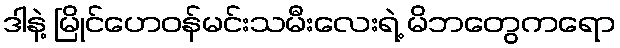
ဒါနဲ့ မြိုင်ဟေဝန်မင်းသမီးလေးရဲ့ မိဘတွေကရော